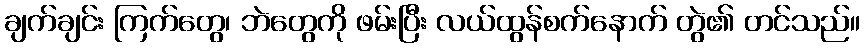
ချက်ချင်း ကြက်တွေ၊ ဘဲတွေကို ဖမ်းပြီး လယ်ထွန်စက်နောက် တွဲ၏ တင်သည်။